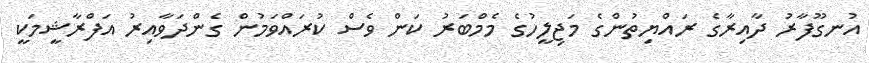
އުނގޫފާރު ދާއިރާގެ ރައްޔިތުންގެ މަޖިލީހުގެ މެމްބަރު ކަން ވެސް ކުރައްވަމުން ގެންދަވާއިރު އަފްރާޝީމަކީ